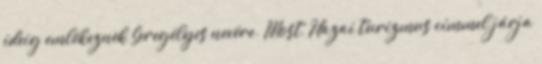
ideig emlékeznek Seregélyes nevére. Most, Hazai turizmus címmel járja